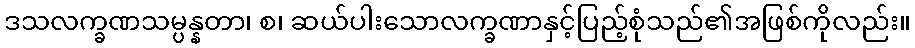
ဒသလက္ခဏသမ္ပန္နတာ၊ စ၊ ဆယ်ပါးသောလက္ခဏာနှင့်ပြည့်စုံသည်၏အဖြစ်ကိုလည်း။